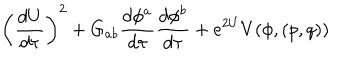
LaTeX: \left( { \frac { d U } { d \tau } } \right) ^ { 2 } + G _ { a b } { \frac { d \phi ^ { a } } { d \tau } } { \frac { d \phi ^ { b } } { d \tau } } + e ^ { 2 U } V ( \phi , ( p , q ) )